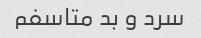
سرد و بد متاسفم